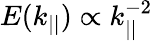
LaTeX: E(k_{||})\propto k_{||}^{-2}